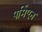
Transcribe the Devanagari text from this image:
पर्मिएन